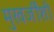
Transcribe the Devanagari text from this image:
मुखर्जींशी